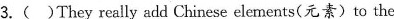
3.( )They really add Chinese elements (元素) to the